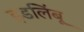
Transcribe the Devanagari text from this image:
इडलिंबू